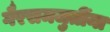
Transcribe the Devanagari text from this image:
गैरसमजुतींना